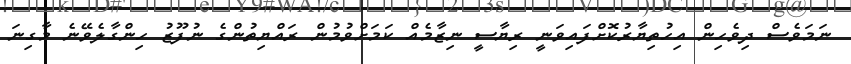
ނަމަވެސް ދިވެހިން އިހުތިޔާރުކޮށްފައިވަނީ ރިޔާސީ ނިޒާމެއް ކަމަށްވުމުން ރައްޔިތުންގެ ނުފޫޒު ހިންގާލެވޭނެ މާގިނަ